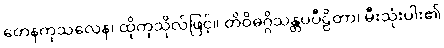
တေနကုသလေန၊ ထိုကုသိုလ်ဖြင့်။ တိဝိဓဂ္ဂိသန္တပပီဠိတာ၊ မီးသုံးပါး၏